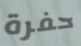
حفرة